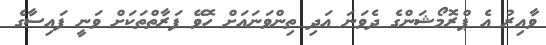
ވާއިރު އެ ޕްރޮމޯޝަންގެ ދެވަނަ އަދި ތިންވަނައަށް ހޮވޭ ފަރާތްތަކަށް ވަނީ ފައިސާގެ